General report no. 6 on the lunatic asylums, vaccination and dispensaries in the Bengal Presidency, 1873 -
Year: 1873
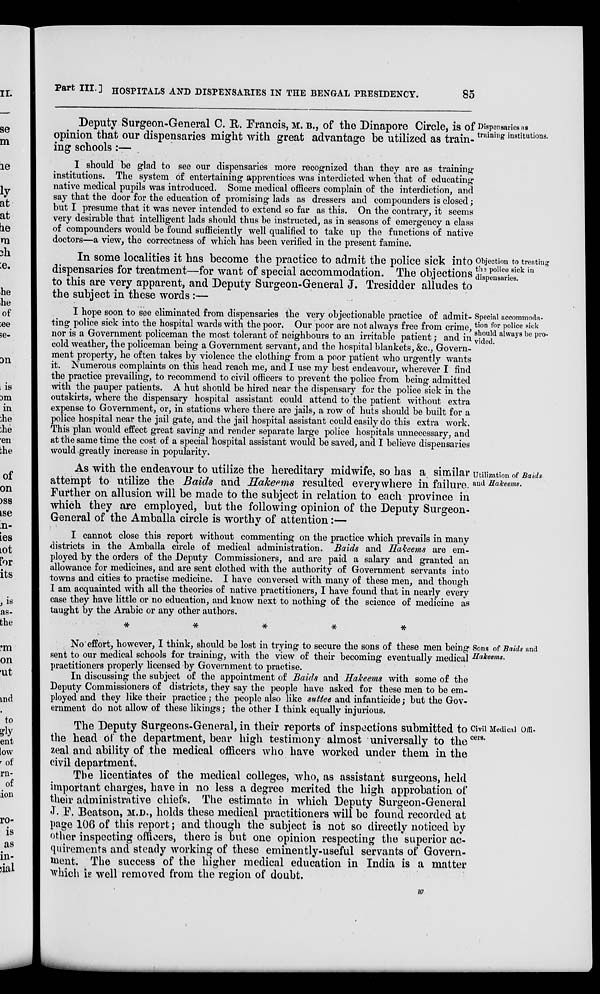
Part III.] HOSPITALS AND DISPENSARIES IN THE BENGAL PRESIDENCY.
85
Dispensaries as
training institutions.
Deputy Surgeon-General C. R. Francis, M. B., of the Dinapore Circle, is of
opinion that our dispensaries might with great advantage be utilized as train-
ing schools :—
I should be glad to see our dispensaries more recognized than they are as training
institutions. The system of entertaining apprentices was interdicted when that of educating
native medical pupils was introduced. Some medical officers complain of the interdiction, and
say that the door for the education of promising lads as dressers and compounders is closed;
but I presume that it was never intended to extend so far as this. On the contrary, it seems
very desirable that intelligent lads should thus be instructed, as in seasons of emergency a class
of compounders would be found sufficiently well qualified to take up the functions of native
doctors—a view, the correctness of which has been verified in the present famine.
Objection to treating
the police sick in
dispensaries.
In some localities it has become the practice to admit the police sick into
dispensaries for treatment—for want of special accommodation. The objections
to this are very apparent, and Deputy Surgeon-General J. Tresidder alludes to
the subject in these words :—
Special accommoda-
tion for police sick
should always be pro-
vided.
I hope soon to see eliminated from dispensaries the very objectionable practice of admit-
ting police sick into the hospital wards with the poor. Our poor are not always free from crime,
nor is a Government policeman the most tolerant of neighbours to an irritable patient; and in
cold weather, the policeman being a Government servant, and the hospital blankets, &c., Govern-
ment property, he often takes by violence the clothing from a poor patient who urgently wants
it. Numerous complaints on this head reach me, and I use my best endeavour, wherever I find
the practice prevailing, to recommend to civil officers to prevent the police from being admitted
with the pauper patients. A hut should be hired near the dispensary for the police sick in the
outskirts, where the dispensary hospital assistant could attend to the patient without extra
expense to Government, or, in stations where there are jails, a row of huts should be built for a
police hospital near the jail gate, and the jail hospital assistant could easily do this extra work.
This plan would effect great saving and render separate large police hospitals unnecessary, and
at the same time the cost of a special hospital assistant would be saved, and I believe dispensaries
would greatly increase in popularity.
Utilization of Baids
and Hakeems.
As with the endeavour to utilize the hereditary midwife, so has a similar
attempt to utilize the Baids and Hakeems resulted everywhere in failure.
Further on allusion will be made to the subject in relation to each province in
which they are employed, but the following opinion of the Deputy Surgeon-
General of the Amballa circle is worthy of attention:—
I cannot close this report without commenting on the practice which prevails in many
districts in the Amballa circle of medical administration. Baids and Hakeems are em-
ployed by the orders of the Deputy Commissioners, and are paid a salary and granted an
allowance for medicines, and are sent clothed with the authority of Government servants into
towns and cities to practise medicine. I have conversed with many of these men, and though
I am acquainted with all the theories of native practitioners, I have found that in nearly every
case they have little or no education, and know next to nothing of the science of medicine as
taught by the Arabic or any other authors.
*
*
*
*
*
Sons of Baids and
Hakeems.
No effort, however, I think, should be lost in trying to secure the sons of these men being
sent to our medical schools for training, with the view of their becoming eventually medical
practitioners properly licensed by Government to practise.
In discussing the subject of the appointment of Baids and Hakeems with some of the
Deputy Commissioners of districts, they say the people have asked for these men to be em-
ployed and they like their practice; the people also like suttee and infanticide; but the Gov-
ernment do not allow of these likings; the other I think equally injurious.
Civil Medical Offi-
cers.
The Deputy Surgeons-General, in their reports of inspections submitted to
the head of the department, bear high testimony almost universally to the
zeal and ability of the medical officers who have worked under them in the
civil department.
The licentiates of the medical colleges, who, as assistant surgeons, held
important charges, have in no less a degree merited the high approbation of
their administrative chiefs. The estimate in which Deputy Surgeon-General
J. F. Beatson, M.D., holds these medical practitioners will be found recorded at
page 106 of this report; and though the subject is not so directly noticed by
other inspecting officers, there is but one opinion respecting the superior ac-
quirements and steady working of these eminently-useful servants of Govern-
ment. The success of the higher medical education in India is a matter
which is well removed from the region of doubt.
w